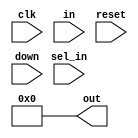
module counter(

  input wire clk,
  input wire [WIDTH-1:0] in,
  input wire sel_in,
  input wire reset,
  input wire down,
  output reg [WIDTH-1:0] out );


  parameter WIDTH = 9;

  initial
    out = 0;

  always @(posedge clk) begin
    if (sel_in)
      out <= in;
    else
      if (down)
        out <= out - 1;
      else
        out <= out + 1;
  end

  always @(posedge reset) begin
    out <= 0;
  end

endmodule